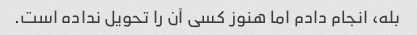
بله، انجام دادم اما هنوز کسی آن را تحویل نداده است.